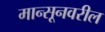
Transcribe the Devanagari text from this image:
मान्सूनवरील